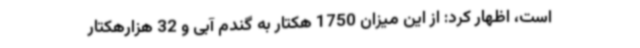
است، اظهار کرد: از این میزان 1750 هکتار به گندم آبی و 32 هزارهکتار